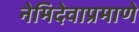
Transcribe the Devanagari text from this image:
नेमिदेवाप्रमाणे